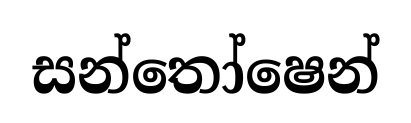
සන්තෝෂෙන්